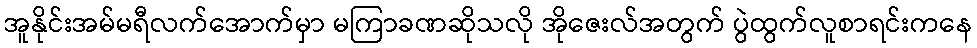
အူနိုင်းအမ်မရီလက်အောက်မှာ မကြာခဏဆိုသလို အိုဇေးလ်အတွက် ပွဲထွက်လူစာရင်းကနေ